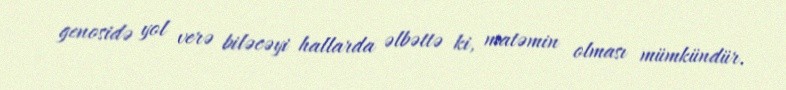
genosidə yol verə biləcəyi hallarda əlbəttə ki, matəmin olması mümkündür.